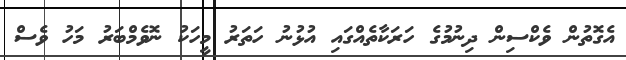
އެގޮތުން ވެކްސިން ދިނުމުގެ ހަރަކާތެއްގައި އުޅުނު ހަތަރު މީހަކު ނޮވެމްބަރު މަހު ވެސް